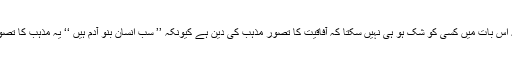
کیونکہ اس بات میں کسی کو شک ہو ہی نہیں سکتا کہ آفاقیت کا تصور مذہب کی دین ہے کیونکہ ’’ سب انسان بنو آدم ہیں ‘‘ یہ مذہب کا تصور ہے۔